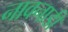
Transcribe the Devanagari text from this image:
नावनाडी